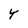
Character: Y